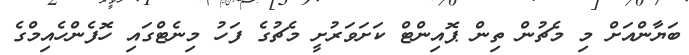
ބަޔާންއަށް މި މެޗުން ތިން ޕޮއިންޓް ކަށަވަރުށީ މެޗުގެ ފަހު މިނެޓްގައި ހޮފެންހެއިމްގެ